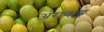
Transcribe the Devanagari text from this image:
अराबाह